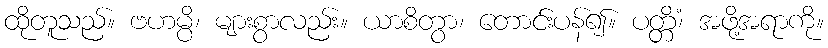
ထိုတူသည်။ ဗဟမ္ပိ၊ များစွာလည်း။ ယာစိတွာ၊ တောင်းပန်၍။ ပတ္တိံ၊ အဖို့အရာကို။